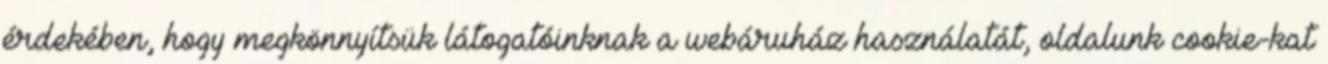
érdekében, hogy megkönnyítsük látogatóinknak a webáruház használatát, oldalunk cookie-kat